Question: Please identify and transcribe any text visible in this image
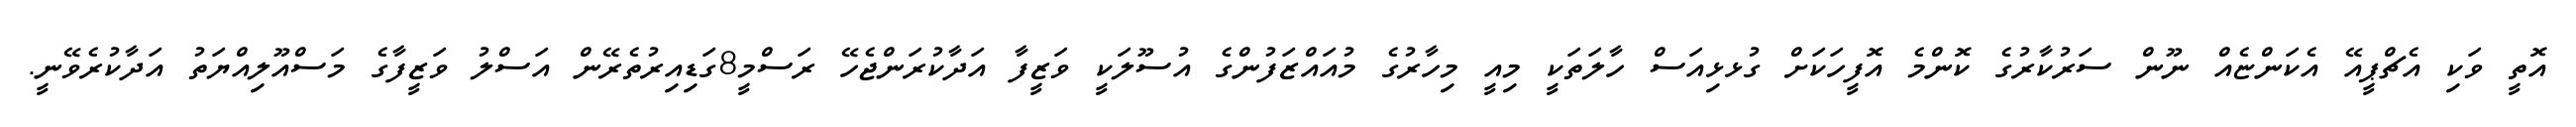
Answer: އޮތީ ވަކި އެޗްޕީއޭ އެކަންޏެއް ނޫން ސަރުކާރުގެ ކޮންމެ އޮފީހަކަށް ގުޅޅިއަސް ހާލަތަކީ މިއީ މިހާރުގެ މުއައްޒަފުންގެ އުސޫލަކީ ވަޒީފާ އަދާކުރަންޖެހޭ ރަސްމީ8ގަޑިއިރުތެރޭން އަސްލު ވަޒީފާގެ މަސްއޫލިއްޔަތު އަދާކުރެވޭނީ.